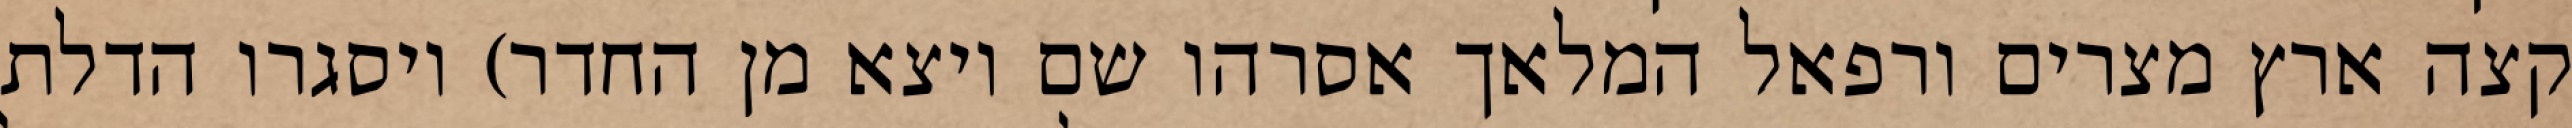
קצה ארץ מצרים ורפאל המלאך אסרהו שם ויצא מן החדר) ויסגרו הדלת